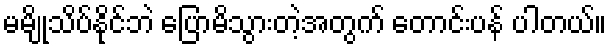
မမျိုသိပ်နိုင်ဘဲ ပြောမိသွားတဲ့အတွက် တောင်းပန် ပါတယ်။